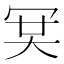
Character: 𠖉